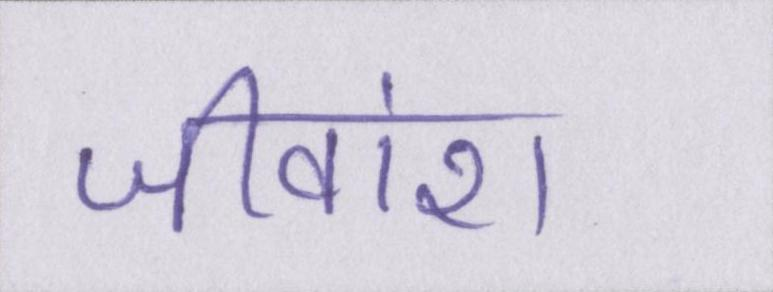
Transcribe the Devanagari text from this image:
जीवांश